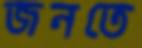
জনতে